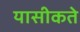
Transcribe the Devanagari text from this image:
यासीकते